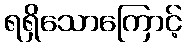
ရရှိသောကြောင့်